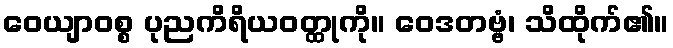
ဝေယျာဝစ္စ ပုညကိရိယဝတ္ထုကို။ ဝေဒတဗ္ဗံ၊ သိထိုက်၏။